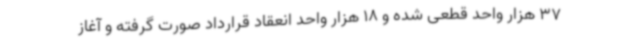
37 هزار واحد قطعی شده و 18 هزار واحد انعقاد قرارداد صورت گرفته و آغاز